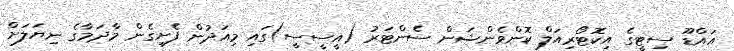
އައްޑޫ ސިޓީގެ އިކޮޓޯރިއަލް ކޮންވެންޝަން ސެންޓަރު (އީސީސީ)ގައި މިއަދުން ފެށިގެން މާދަމާގެ ނިޔަލަށް